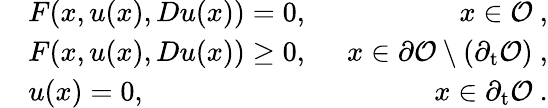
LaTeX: \begin{array}{rlr}&{F(x,u(x),Du(x))=0,\enspace}&{x\in\mathcal{O}\ ,}\\ &{F(x,u(x),Du(x))\geq 0,\enspace}&{x\in\partial\mathcal{O}\setminus(\partial_{\mathrm t}\mathcal{O})\ ,}\\ &{u(x)=0,\enspace}&{x\in\partial_{\mathrm t}\mathcal{O}\ .}\end{array}